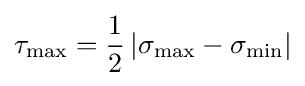
\tau _{\max }={\frac {1}{2}}\left|\sigma _{\max }-\sigma _{\min }\right|